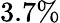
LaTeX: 3.7\%